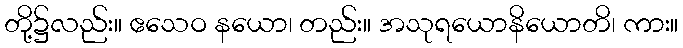
တို့၌လည်း။ ဧသေဝ နယော၊ တည်း။ အသုရယောနိယောတိ၊ ကား။